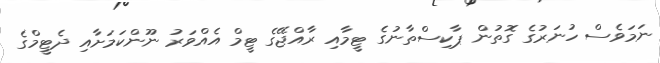
ނަމަވެސް ހުނަރުގެ ގޮތުން ޕާކިސްތާނުގެ ޓީމާއި ރާއްޖޭގެ ޓީމް އެއްވަރު ނޫންކަމަށާއި ދެޓީމްގެ